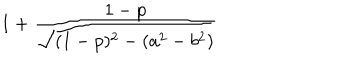
1 + { \frac { 1 - p } { \sqrt { ( 1 - p ) ^ { 2 } - ( a ^ { 2 } - b ^ { 2 } ) } } }